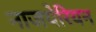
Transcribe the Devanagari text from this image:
नाजयेरियन